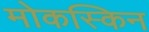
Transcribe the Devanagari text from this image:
मोकस्किन